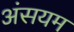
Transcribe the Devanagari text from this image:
अंसयम